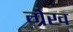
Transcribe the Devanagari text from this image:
ग्रेख